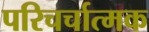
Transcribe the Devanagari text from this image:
परिचर्चात्मक